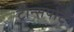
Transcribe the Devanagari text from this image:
ट्रान्‍सपोर्ट